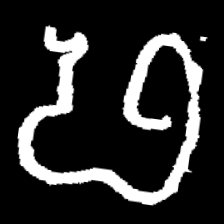
Pyu character \u2014 Myanmar letter: ဖ (romanized: pha)